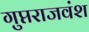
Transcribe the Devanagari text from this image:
गुप्तराजवंश